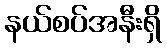
နယ်စပ်အနီးရှိ